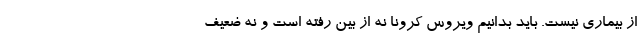
از بیماری نیست. باید بدانیم ویروس کرونا نه از بین رفته است و نه ضعیف